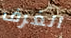
الغرف